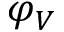
\varphi _ { V }